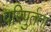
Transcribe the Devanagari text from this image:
परिपुर्तता